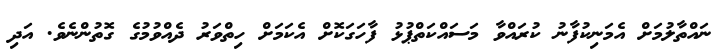
ނައްތާލުމަށް އެމަނިކުފާނު ކުރައްވާ މަސައްކަތްޕުޅު ފާހަގަކޮށް އެކަމަށް ހިތްވަރު ދެއްވުމުގެ ގޮތުންނެވެ. އަދި